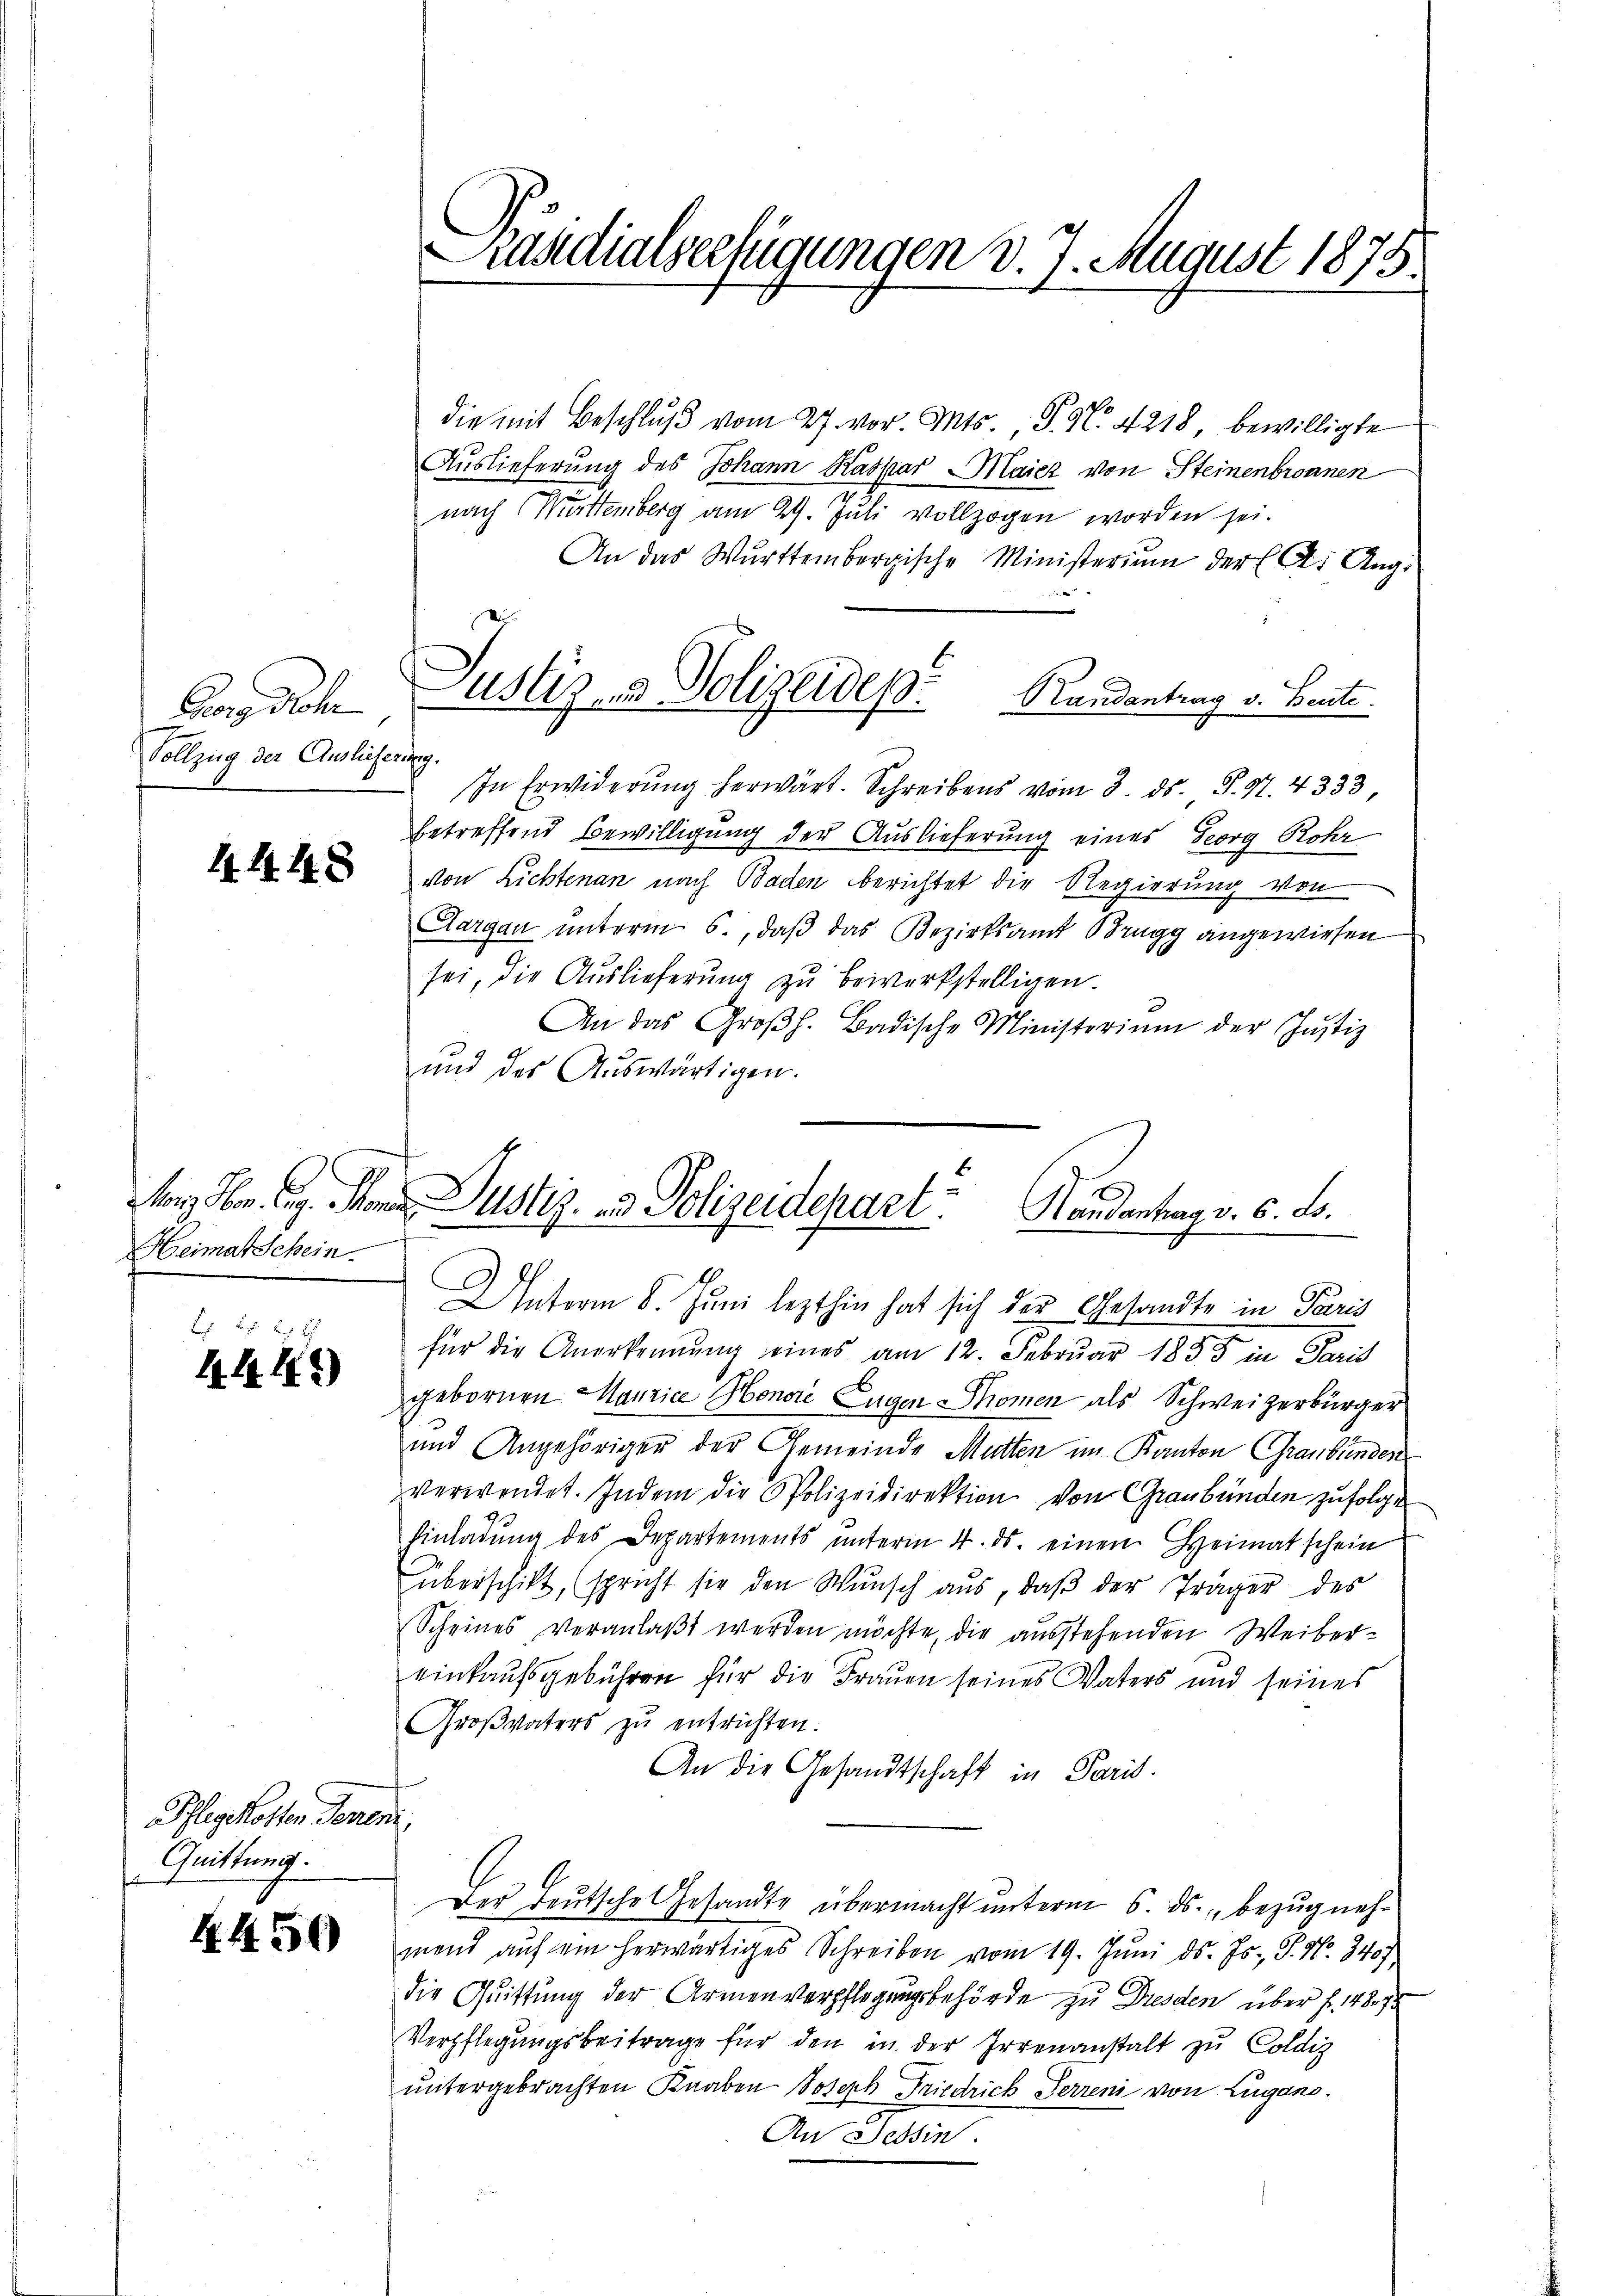
Baars droh
Vollzug der Auslicherung

4448

Hr. C. Mon
Heimatschein

2 f 27 x
1. 1414)

Pflegekosten Jenen
Quittung.

4450

Prasdialserfügungen d. J. August 1875.

die mit Beschlŭβ vom 27. vor. Mts., P. N. 4218, bewilligte
Auslieferung des Johann Kaspar Maiez von Steinenbroanen
nach Muttemberg am 29. Juli vollzogen worden sei.
An das Württembergische Ministerium der A. Aug.
In Erwiderŭng herwärt. Schreibens vom 3. ds. S. 97. 4333
betreffend Bewilligung der Auslieferung eines Georg Rohr
von Lichtenan nach Baden berichtet die Regierung von
Aargau unterm 6., daß das Bezirksamt Brugg angewiesen
sei, die Auslieferŭng zŭ bewerkstelligen.
An das Großh. Badische Ministerium der Justiz
und des Auswärtigen.
 Justiz- & Polizeidepart. Handantag v. 6. ds.

ustiz- & Polizeides Randantrag v. Beute

Unterm 8. Juni lezthin hat sich der Gesandte in Paris
für die Anerkennung eines am 12. Februar 1855 in Paris
gebornen Maurice Honore Eugen Momen als Schweizerbürger
und Angehöriger der Gemeinde Mutten im Kanton Graubünden
verwendet. Indem die Polizeidirektion von Graubünden zufolge
Einladŭng des Departements ŭnterm 4. ds. einen Heimatschein
überschikt, (spricht sie den Wŭnsch aus, daβ der Träger des
Scheines veranlaβt werden möchte, die ausstehenden Weibereinkaufsgebühren für die Frauen seines Vaters und seines
Groβvaters zŭ entrichten.
An die Gesandtschaft in Paris.
.
Der Deutsche Gesandte übermacht unterm 6. ds., bezug nehmend auf ein herwärtiges Schreiben vom 19. Juni d. Js., S. Nr. 3407.
die Quittung der Armenverpflegungsbehörde zu Dresden über f. 487.
Verpflegungsbeitrage für den in der Irrenanstalt zu Coldig
untergebrachten Knaben Joseph Friedrich Ferreni von Lugano.
An Tessin.